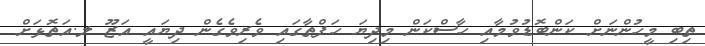
ތިބި މީހުންނަށް ކަންބޮޑުވުމާއި ހާސްކަން މިދިޔަ ހަފްތާގައި ވެރިވެގެން ދިޔައީ އަޒޫ ލ.އަތޮޅަށް